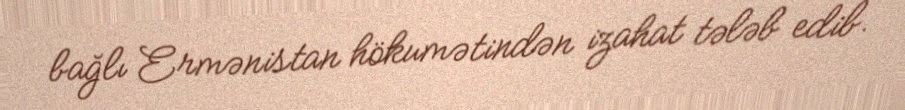
bağlı Ermənistan hökumətindən izahat tələb edib.